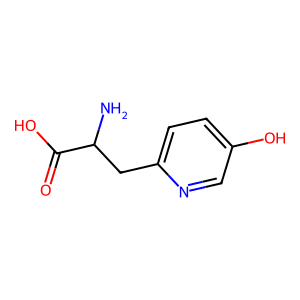
SMILES: NC(Cc1ccc(O)cn1)C(=O)O
Inhibits HIV replication: No